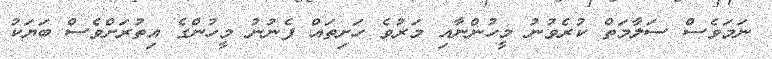
ނަމަވެސް ސަލާމަތް ކުރެވުނު މީހުންނާއި މަރުވެ ހަށިތައް ފެނުނު މީހުންގެ އިތުރަށްވެސް ބަޔަކު